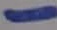
Text: -